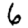
Digit: 6